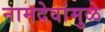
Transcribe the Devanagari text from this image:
नामदेवांमुळे